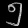
Digit: ၅